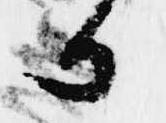
か